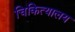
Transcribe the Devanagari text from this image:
चिकित्यालय